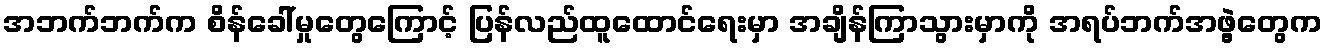
အဘက်ဘက်က စိန်ခေါ်မှုတွေကြောင့် ပြန်လည်ထူထောင်ရေးမှာ အချိန်ကြာသွားမှာကို အရပ်ဘက်အဖွဲ့တွေက